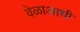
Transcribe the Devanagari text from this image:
वेळाआधी